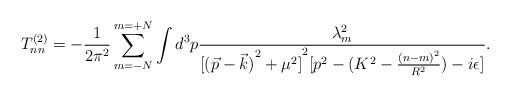
LaTeX: \begin{align*}T_{nn}^{(2)}=-\frac{1}{2\pi^2} \sum_{m=-N}^{m=+N}\int d^3p\frac{\lambda_m^2}{{[{(\vec{p} - \vec{k})}^2 + \mu^2]}^2[p^2 - (K^2 -\frac{{(n-m)}^2}{R^2}) -i \epsilon]}.\end{align*}